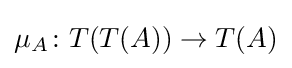
\mu _{A}\colon T(T(A))\to T(A)